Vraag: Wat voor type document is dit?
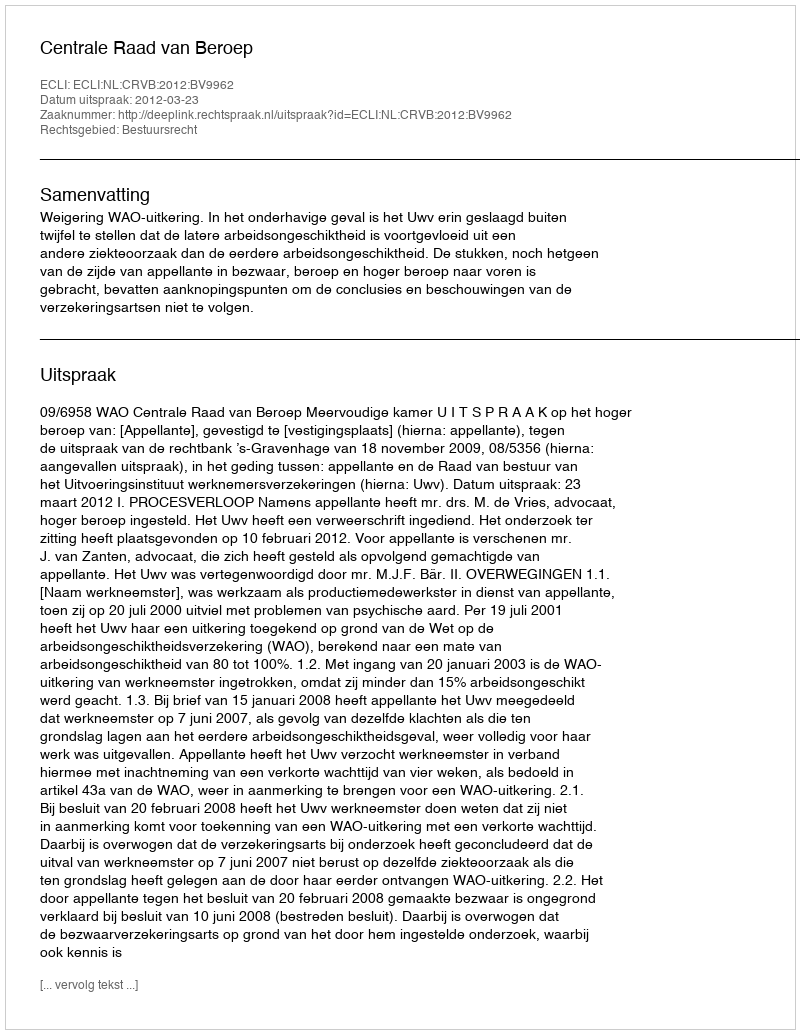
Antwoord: Uitspraak